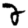
Digit: 2